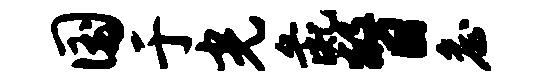
国于光彘瞥詹